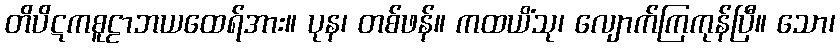
တိပိဋကစူဠာဘယထေရ်အား။ ပုန၊ တစ်ဖန်။ ကထယိံသု၊ လျောက်ကြကုန်ပြီ။ သော၊